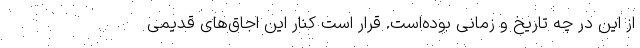
از این در چه تاریخ و زمانی بوده‌است. قرار است کنار این اجاق‌های قدیمی